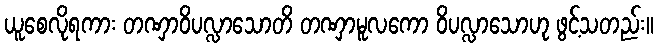
ယူစေလိုရကား တဏှာဝိပလ္လာသောတိ တဏှာမူလကော ဝိပလ္လာသောဟု ဖွင့်သတည်း။